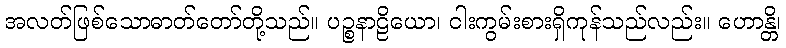
အလတ်ဖြစ်သောဓာတ်တော်တို့သည်။ ပဉ္စနာဠိယော၊ ငါးကွမ်းစားရှိကုန်သည်လည်း။ ဟောန္တိ၊